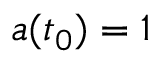
a ( t _ { 0 } ) = 1